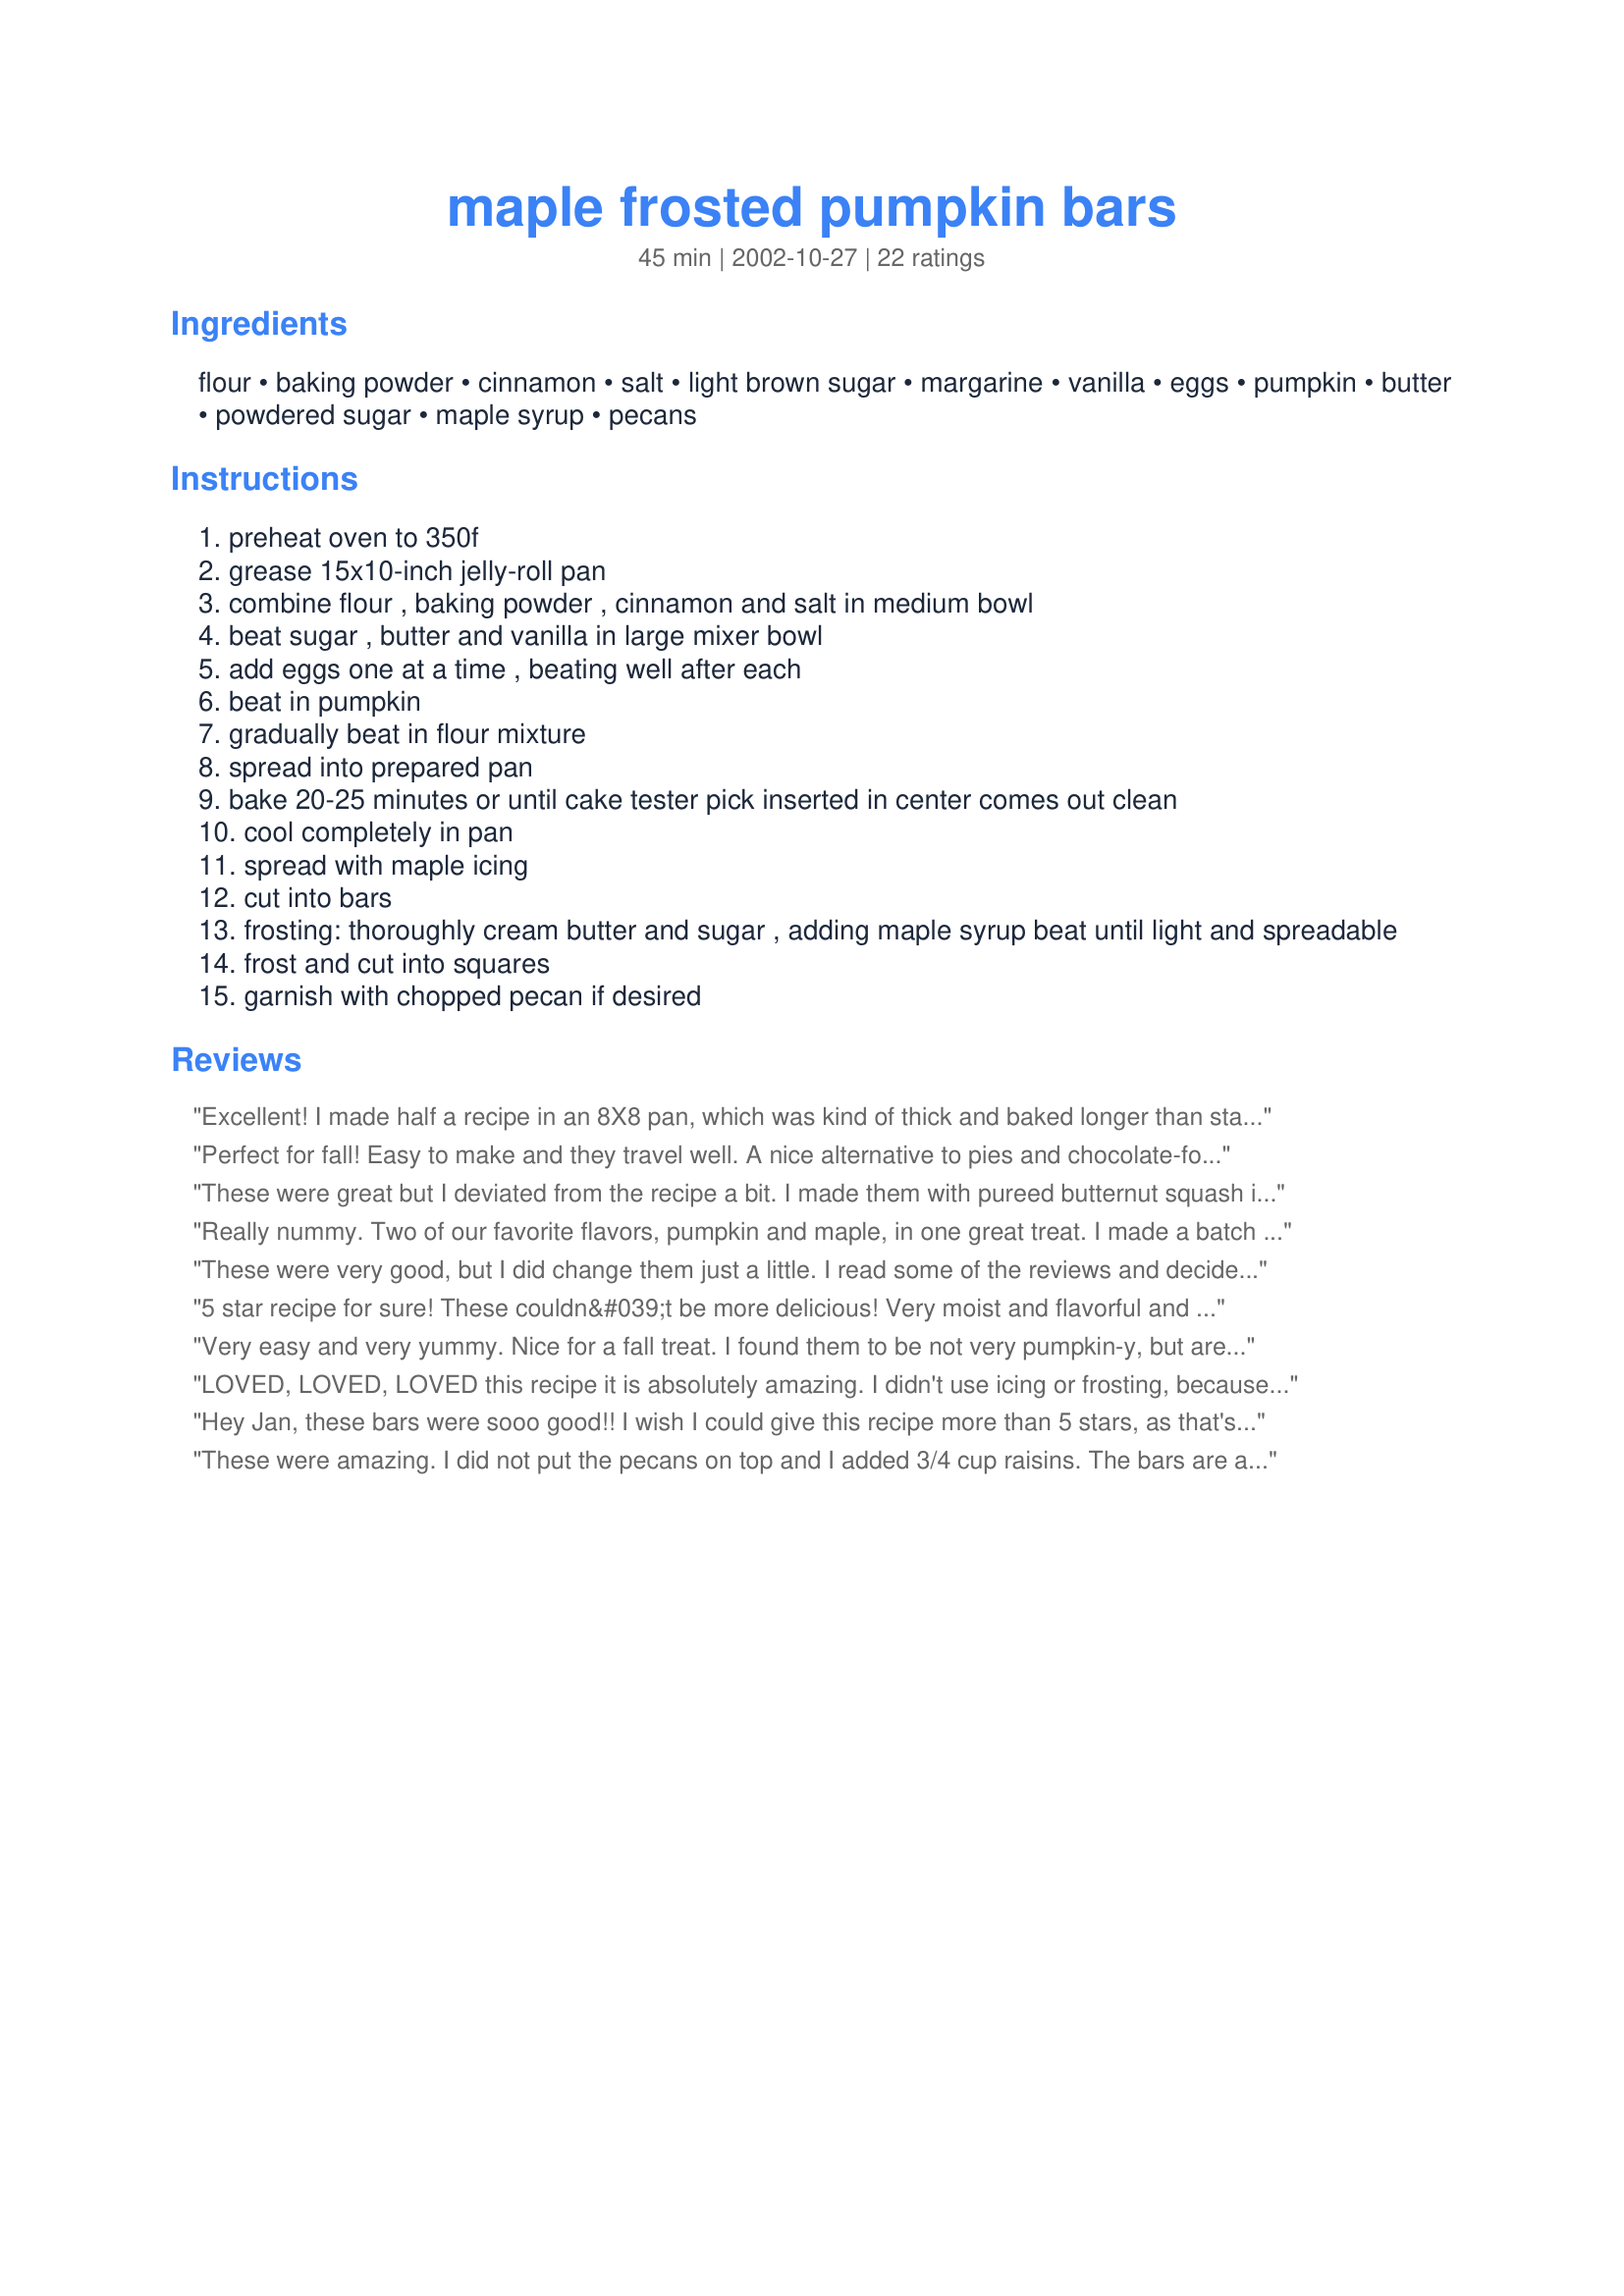
maple frosted pumpkin bars
Preparation time: 45 minutes

Ingredients:
flour, baking powder, cinnamon, salt, light brown sugar, margarine, vanilla, eggs, pumpkin, butter, powdered sugar, maple syrup, pecans

Steps:
preheat oven to 350f
grease 15x10-inch jelly-roll pan
combine flour , baking powder , cinnamon and salt in medium bowl
beat sugar , butter and vanilla in large mixer bowl
add eggs one at a time , beating well after each
beat in pumpkin
gradually beat in flour mixture
spread into prepared pan
bake 20-25 minutes or until cake tester pick inserted in center comes out clean
cool completely in pan
spread with maple icing
cut into bars
frosting: thoroughly cream butter and sugar , adding maple syrup beat until light and spreadable
frost and cut into squares
garnish with chopped pecan if desired

Reviews:
Excellent! I made half a recipe in an 8X8 pan, which was kind of thick and baked longer than stated. Definitely a keeper!
Perfect for fall! Easy to make and they travel well. A nice alternative to pies and chocolate-focused desserts. I especially like the frosting!
These were great but I deviated from the recipe a bit. I made them with pureed butternut squash instead of pumpkin, butter instead of margerine, added 1/2 t. each of ground ginger and cloves, and topped them off with a simple orange glaze instead of the maple. Nice delicate cake-like texture. Thanks for a good way to use up leftover squash!
Really nummy. Two of our favorite flavors, pumpkin and maple, in one great treat. I made a batch last night and am already planning to make another tomorrow..the family devoured it! I didn't have any maple syrup, but I do have granulated maple sugar so I used that and added a bit of milk..it worked fine. Thank you jan007 for posting such a wonderful recipe.
These were very good, but I did change them just a little. I read some of the reviews and decided it needed more spice so I added 1/2tsp of nutmeg and cloves. I also was a little heavy handed with the syrup. Oh, and I toasted the pecans before topping the bars... I think that is a must.
5 star recipe for sure! These couldn&#039;t be more delicious! Very moist and flavorful and easy to whip up. I made them for an after school treat since it was the first day of school today. My family went crazy for them! We can&#039;t stop ourselves from going back into the kitchen and having more! Thanks so much for posting.
Very easy and very yummy. Nice for a fall treat. I found them to be not very pumpkin-y, but are more like a mild spice cake. the frosting is out of this world. I used real maple syrup given to me by a friend who tapped it out of a tree in her yard. Special! Also left pecans off as my kids are not fans of nuts. Will make again as everyone likes these, but will probably amp up the cinnamon and add some cloves and nutmeg. Thanks for a really good one!
LOVED, LOVED, LOVED this recipe it is absolutely amazing. I didn't use icing or frosting, because I was too lazy to make a second trip to the store. I was worried how it would turn out, but it was simply amazing. would definetly recomend!
Hey Jan, these bars were sooo good!! I wish I could give this recipe more than 5 stars, as that's how good they were. To spice up the bars a bit more, I added 1/2 teaspoon each, of ground ginger and ground cloves, after all, that's the other two spices found in a pumpkin pie, and since this is made w/canned pumpkin, I thought those two spices would work well in this recipe. When I made the frosting, I found I had to add 8 Tablesponns of the maple syrup, but I also think one could add 9 if need be. The next time I make these bars tho, I'm also going to add a 1/2 to 1 teaspoon of Maple Flavoring to the frosting to give it a bit more of maple flavor. I'm not sure how many nuts I topped these bars with; I just sprinkled on how much I wanted, and I lightly tapped them into the frosting with the tips of my fingers, so they would not fall off when removing from the pan. One other thing I wanted to mention here, I found this recipe makes 24 bars rather than 45. Jan,
thank you so much for posting this recipe, I know my family's going to just love these bars.
These were amazing. I did not put the pecans on top and I added 3/4 cup raisins. The bars are a perfect texture and the frosting is soooo good! Thanks for the great recipe.
These are really delicious! Just the right consistency, very moist and flavorful. The frosting really topped them off nicely. I used a 13" x 9" pan, and baked them for 23 minutes. I had some leftover Yummy Caramel Frosting (Recipe #21896) in the fridge, so I used that in place of the frosting in this recipe. These are fabulous for fall, and I'll definitely be baking them again!
These were decadent! The maple frosting somehow seemed to cut the richness, enabling one to eat several bars at one sitting and not even needing a glass of milk to wash it down! (Yes, this has been tested!) We all loved these, and I plan to share them with the rest of my family at Thanksgiving. Thanks!
I wish I could give this more than 5 stars too! It was a perfect mix of everything (made exactly to recipe), resulting in moist, delicious, spongey bars which were beautiful on their own but the frosting made them perfect. Yummy, I can't wait to eat the rest later...
This turned out very good! I followed the recipe to the nose and the pumpkin bars came out very good. The icing was a little hard/tough to spread, so I added a little milk to get a softer consistency to spread on the bars. This was a definite hit, so I'll be making it again. Thank you for sharing a great recipe!
I made these exactly as directed. My FIL said they are like his mothers pumpkin brownies which were his favorite growing up. Thank you
Oh - these are SO good. I agree with other reviews in that they REALLY need the frosting. The bars aren't very good by themselves. But, these bland-ish bars are the perfect compliment to the super-sweet frosting! And, the frosting brings out the pumpkin flavor in the bars. I doubled the frosting recipe, and barely covered the entire jelly roll pan of bars. Also, the bars are rather cake-ish - I'm not sure I'd call them bars. I cut mine into 2X2" squares, only got 24 servings/squares. To get as many as the recipe states (45), the squares would have to be small ( about 1X1"). Nevertheless, this is a TERRIFIC recipe! These bars are SUPER YUMMY!
These are wonderful!! Everyone at home and work love them. The frosting is great!
These came out great with my tweaks to make them vegan (mainly subbing tofu for the eggs. Still baked up moist and fluffy) Next time I would sub pumpkin pie spice for the cinnamon but other then that definite keeper! Maple and pumpkin. How can you go wrong?
I wish I could give these more than 5 stars. They're amazing! The fact that you can use the beaters to mix the whole thing makes them so easy to prepare, and they really satisfy your sweet tooth! The frosting is definitely a must. I made these for dessert tonight, and my mom has already asked me for the recipe. I'll be making these again very soon!
FALL, FALL, FALL... Quadrupled this recipe for our dining hall--excellent response! Added more spice though--for this scale recipe--1 tsp allsoice, 1 tsp ginger, 1/2 tsp nutmeg. The frosting is the gilding. :)
Well, I thought this was good, but I was a little disappointed with the lack of flavor. I loved the dense, moist, cake-like texture, and the maple frosting was deliscious! I just thought it needed more pumpkin flavor and spice.
I really do wish I could give these bars more than 5 stars!! They have a dense cake texture & the flavour explodes in your mouth. I took them to a hockey potluck & no one really seemed to be trying them (I guess they aren't that specatacular to look at) so I "forced" my cousin to try one. She went back for seconds & passed them around with her endorsement - everyone that tried one LOVED it!
